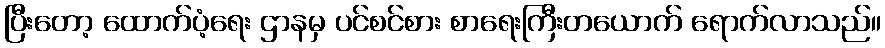
ပြီးတော့ ထောက်ပံ့ရေး ဌာနမှ ပင်စင်စား စာရေးကြီးတယောက် ရောက်လာသည်။